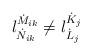
LaTeX: \begin{align*}l^{\dot{M}_{ik}}_{\dot{N}_{ik}} \neq l^{\dot{K}_j}_{\dot{L}_j}\end{align*}